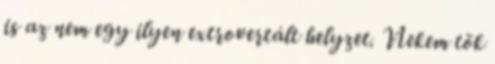
is az nem egy ilyen extrovertált helyzet. Nekem tök